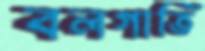
বলগাতি